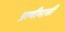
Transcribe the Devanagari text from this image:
प्राणीमात्री